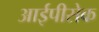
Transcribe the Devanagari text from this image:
आईपीसेक